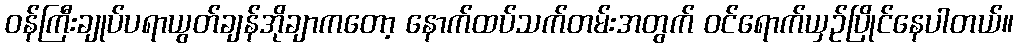
ဝန်ကြီးချုပ်ပရာယွတ်ချန်အိုချာကတော့ နောက်ထပ်သက်တမ်းအတွက် ဝင်ရောက်ယှဥ်ပြိုင်နေပါတယ်။